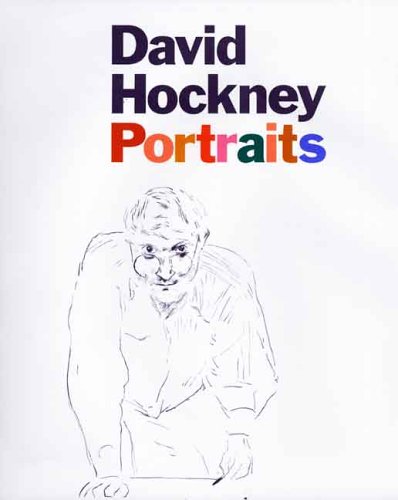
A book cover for David Hockney Portraits; Sarah Howgate; Arts & Photography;